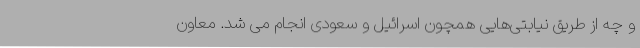
و چه از طریق نیابتی‌هایی همچون اسرائیل و سعودی انجام می شد. معاون